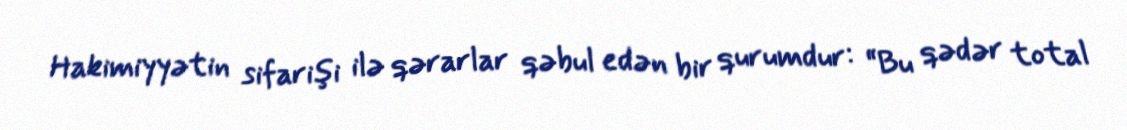
Hakimiyyətin sifarişi ilə qərarlar qəbul edən bir qurumdur: “Bu qədər total